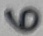
Text: 6